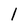
Character: 1